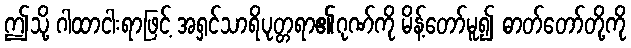
ဤသို့ ဂါထာငါးရာဖြင့် အရှင်သာရိပုတ္တရာ၏ဂုဏ်ကို မိန့်တော်မူ၍ ဓာတ်တော်တို့ကို